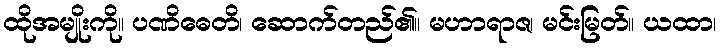
ထိုအမျိုးကို။ ပဏိဓေတိ၊ ဆောက်တည်၏။ မဟာရာဇ၊ မင်းမြတ်။ ယထာ၊